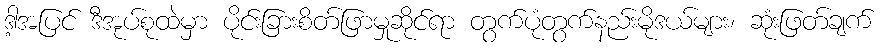
ဒါ့အပြင် ဒီအုပ်စုထဲမှာ ပိုင်းခြားစိတ်ဖြာမှုဆိုင်ရာ တွက်ပုံတွက်နည်းမိုဒယ်များ၊ ဆုံးဖြတ်ချက်